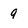
Character: 9